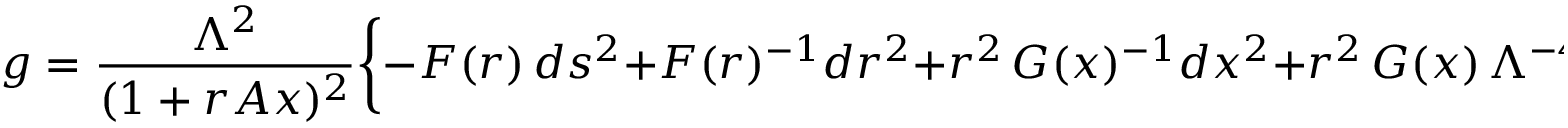
g = \frac { \Lambda ^ { 2 } } { ( 1 + r A x ) ^ { 2 } } \biggl \{ - F ( r ) \, d s ^ { 2 } + F ( r ) ^ { - 1 } d r ^ { 2 } + r ^ { 2 } \, G ( x ) ^ { - 1 } d x ^ { 2 } + r ^ { 2 } \, G ( x ) \, \Lambda ^ { - 4 } d \phi ^ { 2 } \biggr \} .